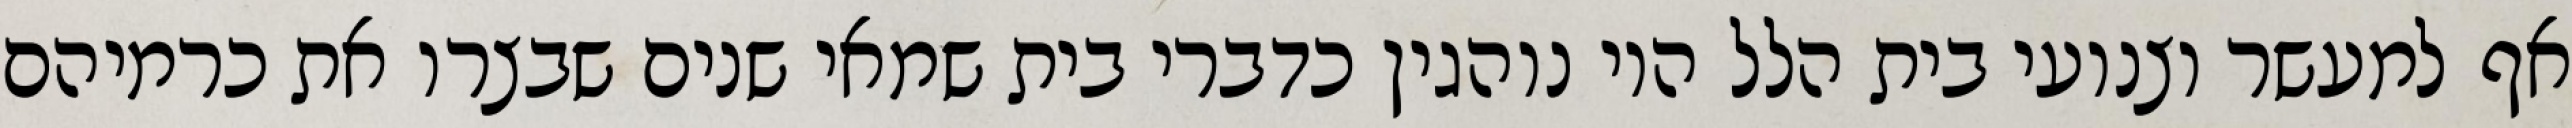
אף למעשר וצנועי בית הלל היו נוהגין כדברי בית שמאי שנים שבצרו את כרמיהם